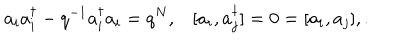
LaTeX: a _ { i } a _ { i } ^ { \dagger } - q ^ { - 1 } a _ { i } ^ { \dagger } a _ { i } = q ^ { N } , [ a _ { i } , a _ { j } ^ { \dagger } ] = 0 = [ a _ { i } , a _ { j } ] , .